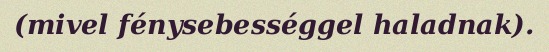
(mivel fénysebességgel haladnak).